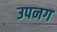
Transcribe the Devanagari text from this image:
उपनग